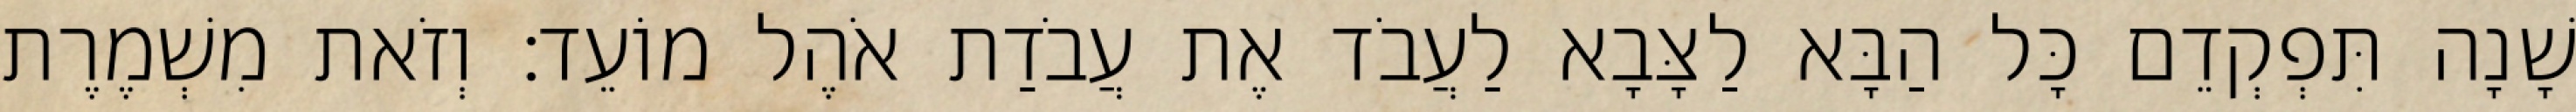
שָׁנָה תִּפְקְדֵם כָּל הַבָּא לַצָּבָא לַעֲבֹד אֶת עֲבֹדַת אֹהֶל מוֹעֵד׃ וְזֹאת מִשְׁמֶרֶת